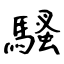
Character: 騷